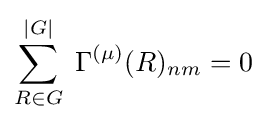
\sum _{R\in G}^{|G|}\;\Gamma ^{(\mu )}(R)_{nm}=0